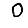
Digit: 0